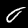
Label: 0